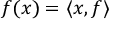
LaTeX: f ( x ) = \langle x , f \rangle